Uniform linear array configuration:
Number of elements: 32
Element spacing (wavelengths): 1
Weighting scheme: exponential
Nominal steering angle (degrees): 0
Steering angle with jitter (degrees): -1.224
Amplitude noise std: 0.05
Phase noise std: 0.05

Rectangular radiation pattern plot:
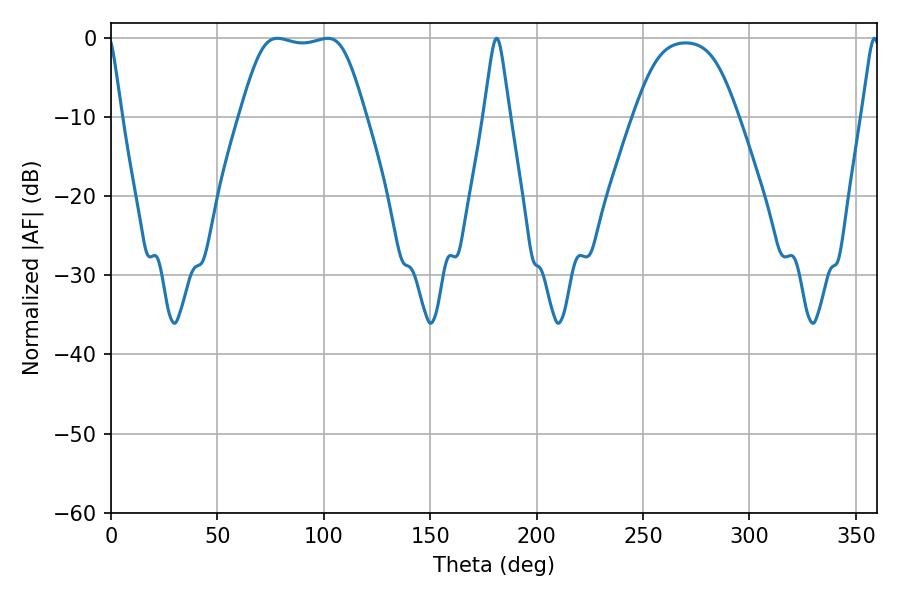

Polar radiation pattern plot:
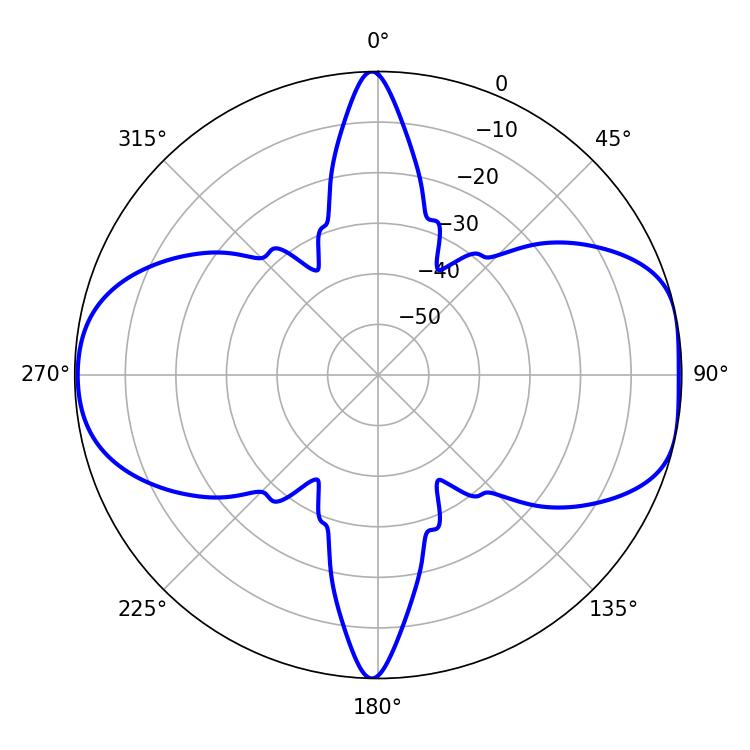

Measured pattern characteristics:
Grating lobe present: TRUE
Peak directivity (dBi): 8.95
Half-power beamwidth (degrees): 43.56
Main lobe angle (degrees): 78.12